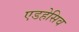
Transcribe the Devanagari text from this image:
एडहेसिव